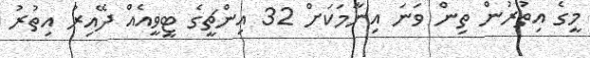
މީގެ އިތުރުން ތިން ވަނަ އިނާމަކަށް 32 އިންޗީގެ ޓީވީއެއް ދޭއިރު އިތުރު